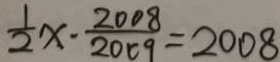
\frac { 1 } { 2 } x - \frac { 2 0 0 8 } { 2 0 0 9 } = 2 0 0 8